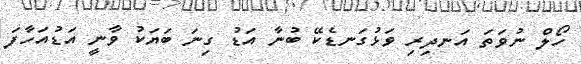
ހޯލް ނުވަތަ އަނދިރި ވަޅުގަނޑެކޭ ބުނާ އަޑު ގިނަ ބަޔަކު ވާނީ އަޑުއަހާފަ